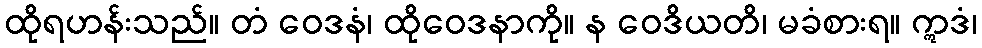
ထိုရဟန်းသည်။ တံ ဝေဒနံ၊ ထိုဝေဒနာကို။ န ဝေဒိယတိ၊ မခံစားရ။ ဣဒံ၊